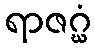
ရာဇဂ္ဃံ